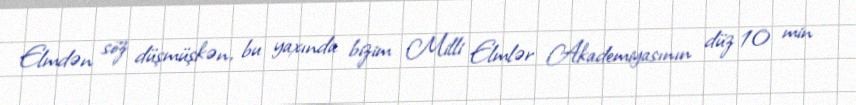
Elmdən söz düşmüşkən, bu yaxında bizim Milli Elmlər Akademiyasının düz 10 min